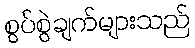
စွပ်စွဲချက်များသည်